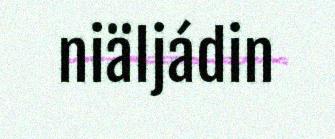
niäljádin